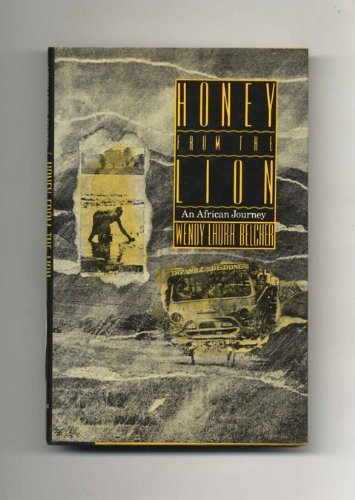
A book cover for Honey from the Lion: An African Journey; Wendy Laura Belcher; Travel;